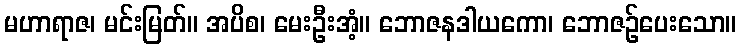
မဟာရာဇ၊ မင်းမြတ်။ အပိစ၊ မေးဦးအံ့။ ဘောဇနဒါယကော၊ ဘောဇဉ်ပေးသော။